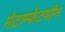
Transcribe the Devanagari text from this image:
मेटाम्फेटमीन